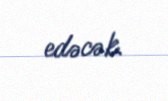
edəcək.